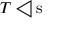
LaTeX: T \triangleleft { \mathrm { s } }